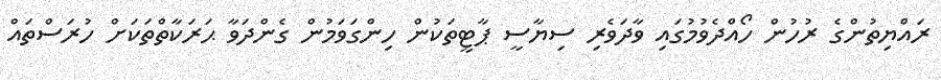
ރައްޔިތުންގެ ރުހުން ހޯއްދެވުމުގައި ވާދަވެރި ސިޔާސީ ޕާޓީތަކުން ހިންގަވަމުން ގެންދަވާ ޙަރަކާތްތަކަށް ހުރަސްތައް